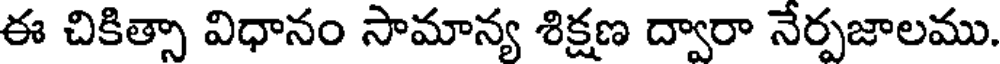
ఈ చికిత్సా విధానం సామాన్య శిక్షణ ద్వారా నేర్పజాలము.